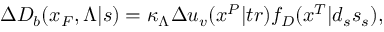
\Delta D _ { b } ( x _ { F } , \Lambda | s ) = \kappa _ { \Lambda } \Delta u _ { v } ( x ^ { P } | t r ) f _ { D } ( x ^ { T } | d _ { s } s _ { s } ) ,